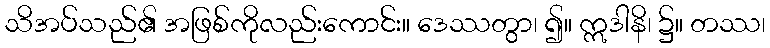
သိအပ်သည်၏ အဖြစ်ကိုလည်းကောင်း။ ဒေဿတွာ၊ ၍။ ဣဒါနိ၊ ၌။ တဿ၊